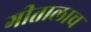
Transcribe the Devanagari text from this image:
गीतालाच